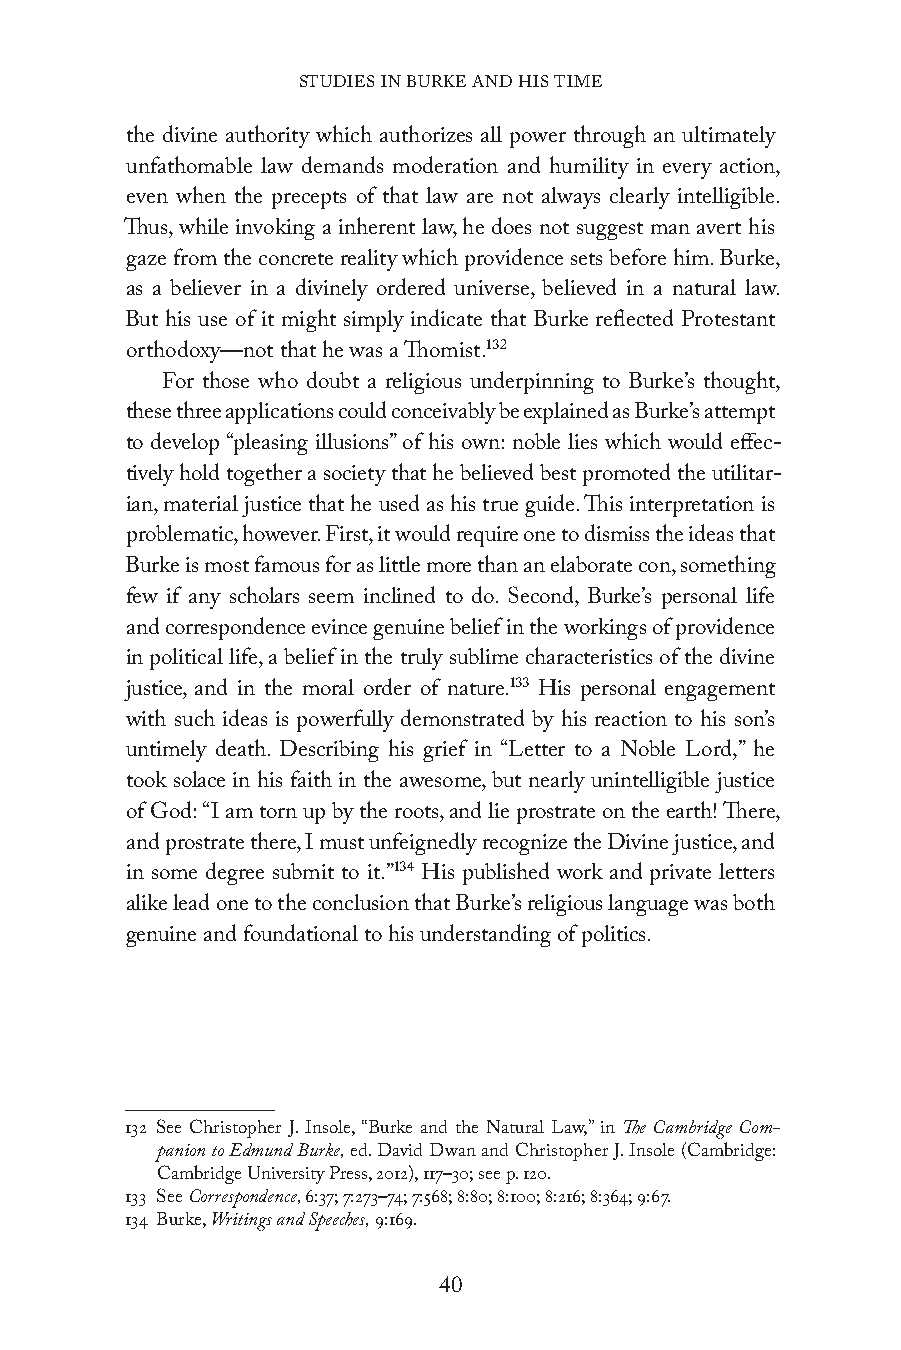
STUDIES IN BURKE AND HIS TIME
 the divine authority which authorizes all power through an ultimately
 unfathomable law demands moderation and humility in every action,
 even when the precepts of that law are not always clearly intelligible.
 Thus, while invoking a inherent law, he does not suggest man avert his
 gaze from the concrete reality which providence sets before him. Burke,
 as a believer in a divinely ordered universe, believed in a natural law.
 But his use of it might simply indicate that Burke reflected Protestant
 orthodoxy—not that he was a Thomist.132
 For those who doubt a religious underpinning to Burke’s thought,
 these three applications could conceivably be explained as Burke’s attempt
 to develop “pleasing illusions” of his own: noble lies which would effec-
 tively hold together a society that he believed best promoted the utilitar-
 ian, material justice that he used as his true guide. This interpretation is
 problematic, however. First, it would require one to dismiss the ideas that
 Burke is most famous for as little more than an elaborate con, something
 few if any scholars seem inclined to do. Second, Burke’s personal life
 and correspondence evince genuine belief in the workings of providence
 in political life, a belief in the truly sublime characteristics of the divine
 justice, and in the moral order of nature.133 His personal engagement
 with such ideas is powerfully demonstrated by his reaction to his son’s
 untimely death. Describing his grief in “Letter to a Noble Lord,” he
 took solace in his faith in the awesome, but nearly unintelligible justice
 of God: “I am torn up by the roots, and lie prostrate on the earth! There,
 and prostrate there, I must unfeignedly recognize the Divine justice, and
 in some degree submit to it.”134 His published work and private letters
 alike lead one to the conclusion that Burke’s religious language was both
 genuine and foundational to his understanding of politics.
 132 See Christopher J. Insole, “Burke and the Natural Law,” in The Cambridge Com-
 panion to Edmund Burke, ed. David Dwan and Christopher J. Insole (Cambridge:
 Cambridge University Press, 2012), 117–30; see p. 120.
 133 See Correspondence, 6:37; 7:273–74; 7:568; 8:80; 8:100; 8:216; 8:364; 9:67.
 134 Burke, Writings and Speeches, 9:169.
 40